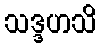
သဒ္ဒဟသိ